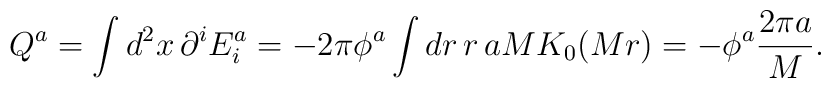
Q^a = \int d^2x\,\partial^i E_i^a = - 2\pi \phi^a\int dr\,r\,aMK_0(Mr) = -\phi^a\frac{2\pi a}{M}.